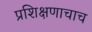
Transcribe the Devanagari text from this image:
प्रशिक्षणाचाच